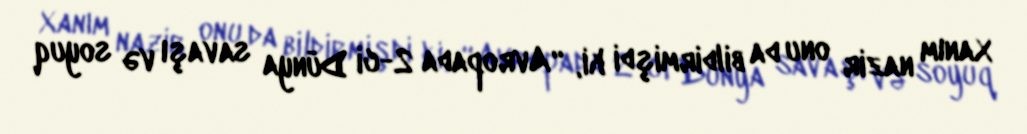
Xanım nazir onu da bildirmişdi ki, “Avropada 2-ci Dünya savaşı və soyuq